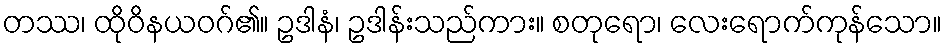
တဿ၊ ထိုဝိနယဝဂ်၏။ ဥဒါနံ၊ ဥဒါန်းသည်ကား။ စတုရော၊ လေးရောက်ကုန်သော။